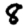
Digit: 8